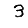
Digit: 3